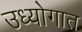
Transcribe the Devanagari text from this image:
उध्योगात